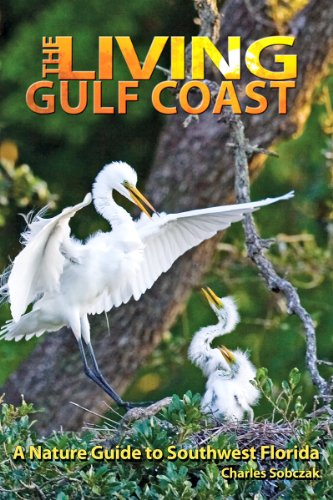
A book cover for The Living Gulf Coast: A Nature Guide to Southwest Florida; Charles Sobczak; Science & Math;